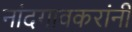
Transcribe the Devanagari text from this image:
नांदगावकरांनी